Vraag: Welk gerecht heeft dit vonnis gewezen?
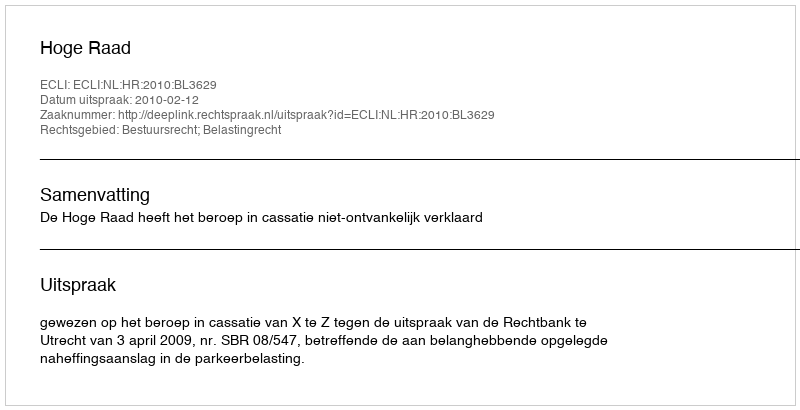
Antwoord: Hoge Raad